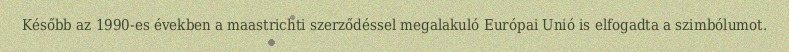
Később az 1990-es években a maastrichti szerződéssel megalakuló Európai Unió is elfogadta a szimbólumot.